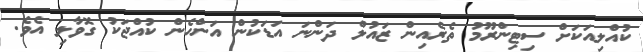
ކުއްލިއަކަށް ސިޓިންރޫމު ތެރެއިން ޒައުލް ދަންނަ އަޑަކުން އަންހެން ކުއްޖަކު ގޮވާލި އެވެ.